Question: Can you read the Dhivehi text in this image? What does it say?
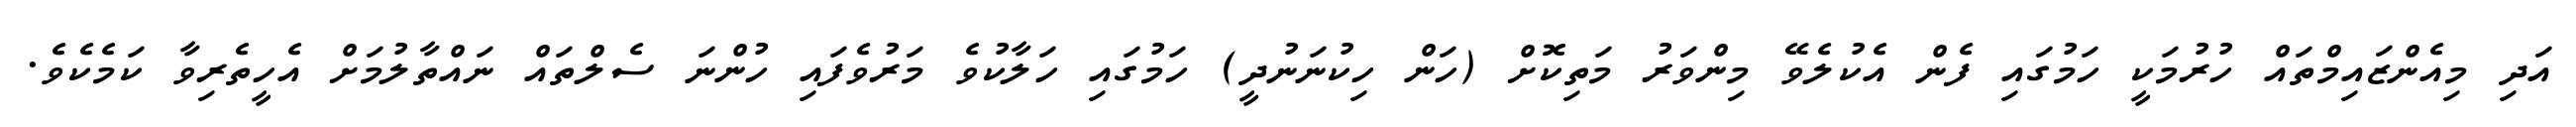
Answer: އަދި މިއެންޒައިމްތައް ހުރުމަކީ ހަމުގައި ފެން އެކުލެވޭ މިންވަރު މަތިކޮށް (ހަން ހިކުނަނުދީ) ހަމުގައި ހަލާކުވެ މަރުވެފައި ހުންނަ ސެލްތައް ނައްތާލުމަށް އެހީތެރިވާ ކަމެކެވެ.